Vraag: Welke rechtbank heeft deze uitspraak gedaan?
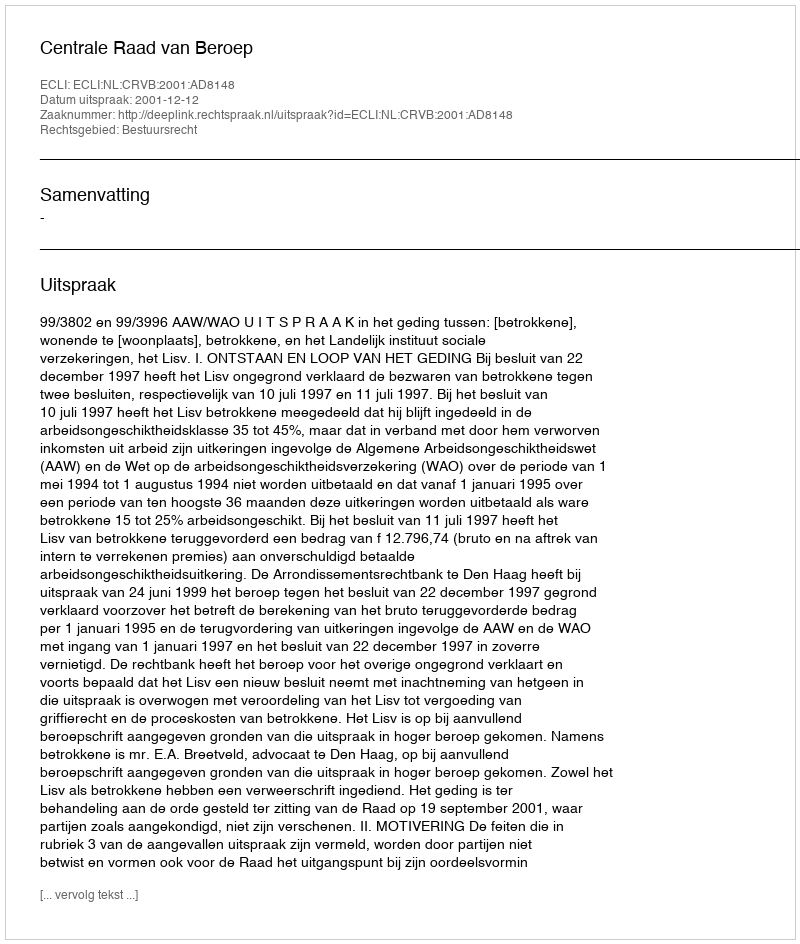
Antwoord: Centrale Raad van Beroep